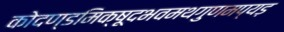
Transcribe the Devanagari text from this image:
कोदण्डमिक्षूदभवमथगुणमप्यड़